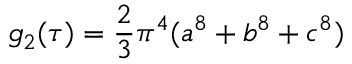
g _ { 2 } ( \tau ) = { \frac { 2 } { 3 } } \pi ^ { 4 } ( a ^ { 8 } + b ^ { 8 } + c ^ { 8 } )